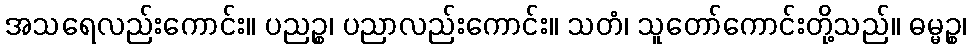
အသရေလည်းကောင်း။ ပညဉ္စ၊ ပညာလည်းကောင်း။ သတံ၊ သူတော်ကောင်းတို့သည်။ ဓမ္မဉ္စ၊